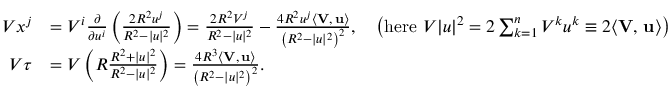
{ \begin{array} { r l } { V x ^ { j } } & { = V ^ { i } { \frac { \partial } { \partial u ^ { i } } } \left( { \frac { 2 R ^ { 2 } u ^ { j } } { R ^ { 2 } - | u | ^ { 2 } } } \right) = { \frac { 2 R ^ { 2 } V ^ { j } } { R ^ { 2 } - | u | ^ { 2 } } } - { \frac { 4 R ^ { 2 } u ^ { j } \langle \mathbf { V } , \, \mathbf { u } \rangle } { \left( R ^ { 2 } - | u | ^ { 2 } \right) ^ { 2 } } } , \quad \left( { \mathrm { h e r e ~ } } V | u | ^ { 2 } = 2 \sum _ { k = 1 } ^ { n } V ^ { k } u ^ { k } \equiv 2 \langle \mathbf { V } , \, \mathbf { u } \rangle \right) } \\ { V \tau } & { = V \left( R { \frac { R ^ { 2 } + | u | ^ { 2 } } { R ^ { 2 } - | u | ^ { 2 } } } \right) = { \frac { 4 R ^ { 3 } \langle \mathbf { V } , \, \mathbf { u } \rangle } { \left( R ^ { 2 } - | u | ^ { 2 } \right) ^ { 2 } } } . } \end{array} }